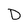
Character: D